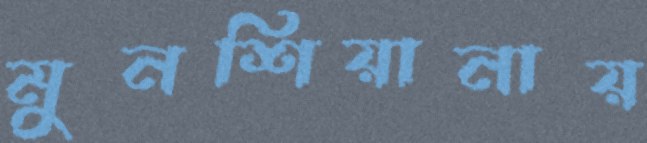
মুনশিয়ানায়